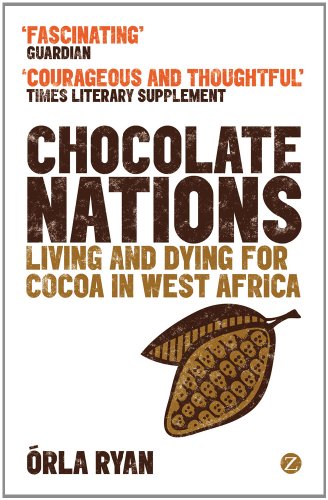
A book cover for Chocolate Nations: Living and Dying for Cocoa in West Africa (African Arguments); Orla Ryan; Cookbooks, Food & Wine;